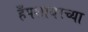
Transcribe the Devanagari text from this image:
हँपशायरच्या